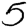
Digit: 5